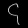
Digit: ၄